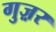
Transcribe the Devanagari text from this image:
गुज़़र